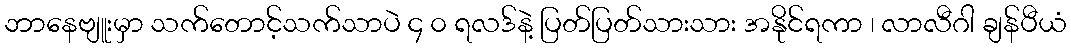
ဘာနေဗျူးမှာ သက်တောင့်သက်သာပဲ ၄ ၀ ရလဒ်နဲ့ ပြတ်ပြတ်သားသား အနိုင်ရကာ ၊ လာလီဂါ ချန်ပီယံ